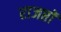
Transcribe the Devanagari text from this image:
राजप्तों